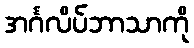
အင်္ဂလိပ်ဘာသာကို